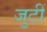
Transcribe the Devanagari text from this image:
जुटीं